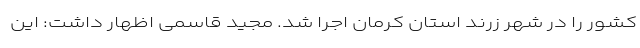
کشور را در شهر زرند استان کرمان اجرا شد. مجید قاسمی اظهار داشت: این